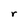
Character: r